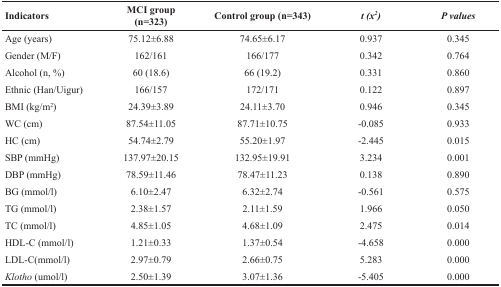
| Indicators | MCI group(n=323) | Control group (n=343) | t (x2) | P values |
 | --- | --- | --- | --- | --- |
 | Age (years) | 75.12±6.88 | 74.65±6.17 | 0.937 | 0.345 |
 | Gender (M/F) | 162/161 | 166/177 | 0.342 | 0.764 |
 | Alcohol (n, %) | 60 (18.6) | 66 (19.2) | 0.331 | 0.860 |
 | Ethnic (Han/Uigur) | 166/157 | 172/171 | 0.122 | 0.897 |
 | BMI (kg/m2) | 24.39±3.89 | 24.11±3.70 | 0.946 | 0.345 |
 | WC (cm) | 87.54±11.05 | 87.71±10.75 | -0.085 | 0.933 |
 | HC (cm) | 54.74±2.79 | 55.20±1.97 | -2.445 | 0.015 |
 | SBP (mmHg) | 137.97±20.15 | 132.95±19.91 | 3.234 | 0.001 |
 | DBP (mmHg) | 78.59±11.46 | 78.47±11.23 | 0.138 | 0.890 |
 | BG (mmol/l) | 6.10±2.47 | 6.32±2.74 | -0.561 | 0.575 |
 | TG (mmol/l) | 2.38±1.57 | 2.11±1.59 | 1.966 | 0.050 |
 | TC (mmol/l) | 4.85±1.05 | 4.68±1.09 | 2.475 | 0.014 |
 | HDL-C (mmol/l) | 1.21±0.33 | 1.37±0.54 | -4.658 | 0.000 |
 | LDL-C(mmol/l) | 2.97±0.79 | 2.66±0.75 | 5.283 | 0.000 |
 | Klotho (umol/l) | 2.50±1.39 | 3.07±1.36 | -5.405 | 0.000 |